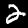
Digit: 2